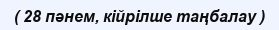
( 28 пәнем, кійрілше таңбалау )